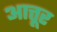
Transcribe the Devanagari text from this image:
आत्तूर